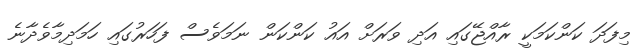
މިފަދަ ކަންކަމަކީ ރާއްޖޭގައި އަދި ވަރަށް އައު ކަންކަން ނަމަވެސް ފަހަރުގައި ހަމަދިމާވެދާނެ